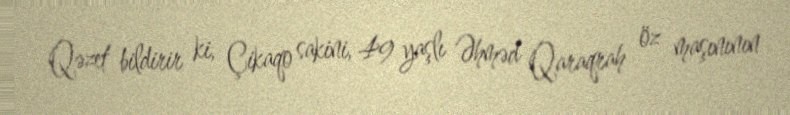
Qəzet bildirir ki, Çikaqo sakini, 49 yaşlı Əhməd Qaraqrah öz maşınının